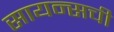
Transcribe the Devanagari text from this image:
सायन्सची